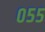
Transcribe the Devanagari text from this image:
०५५